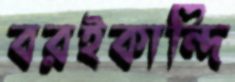
বরইকান্দি